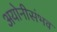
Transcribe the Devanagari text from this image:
अयोनीसंभव